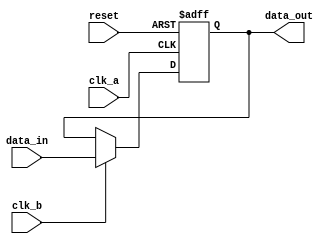
module timing_control_synchronization(
    input wire clk_a,
    input wire clk_b,
    input wire reset,
    input wire data_in,
    output wire data_out
);

reg data_synced;

always @(posedge clk_a or posedge reset) begin
    if (reset) begin
        data_synced <= 1'b0;
    end else begin
        if (clk_b) begin
            data_synced <= data_in;
        end
    end
end

assign data_out = data_synced;

endmodule